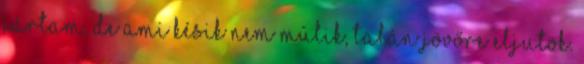
jártam, de ami késik nem múlik, talán jövőre eljutok.